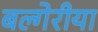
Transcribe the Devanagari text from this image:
बल्गेरीया